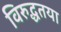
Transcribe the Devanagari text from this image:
विरुद्धतया